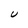
Character: U